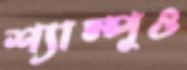
শ্যাম্পুও